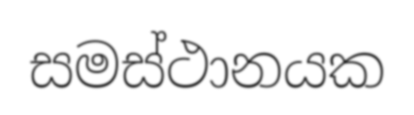
සමස්ථානයක